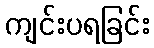
ကျင်းပရခြင်း